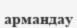
армандау